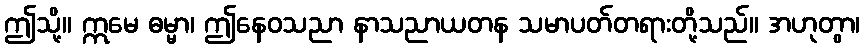
ဤသို့။ ဣမေ ဓမ္မာ၊ ဤနေဝသညာ နာသညာယတန သမာပတ်တရားတို့သည်။ အဟုတွာ၊